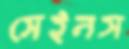
সেইনস